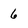
Character: 6